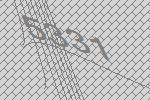
5331